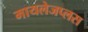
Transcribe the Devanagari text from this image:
मायलेजप्लस